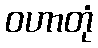
ဝဟာတုံ